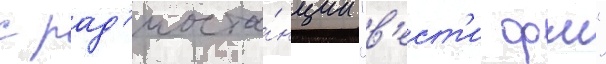
с рад'иоста́нции "в'ест'и фм"